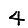
Digit: 4